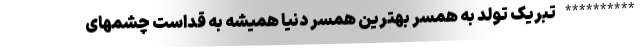
********** تبریک تولد به همسر بهترین همسر دنیا همیشه به قداست چشمهای